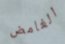
الغامض